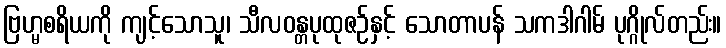
ဗြဟ္မစရိယကို ကျင့်သောသူ၊ သီလဝန္တပုထုဇဉ်နှင့် သောတာပန် သကဒါဂါမ် ပုဂ္ဂိုလ်တည်း။